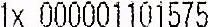
1X 000001101575